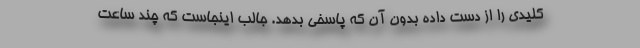
کلیدی را از دست داده بدون آن که پاسخی بدهد. جالب اینجاست که چند ساعت